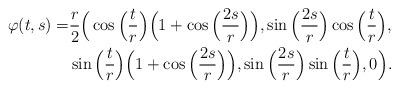
LaTeX: \begin{align*}\varphi(t,s)=&\frac{r}{2}\Big(\cos\Big(\frac{t}{r}\Big)\Big(1+\cos\Big(\frac{2s}{r}\Big)\Big),\sin\Big(\frac{2s}{r}\Big)\cos\Big(\frac{t}{r}\Big),\\&\sin\Big(\frac{t}{r}\Big)\Big(1+\cos\Big(\frac{2s}{r}\Big)\Big),\sin\Big(\frac{2s}{r}\Big)\sin\Big(\frac{t}{r}\Big),0\Big).\end{align*}